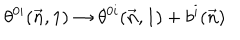
\theta ^ { 0 i } ( \vec { n } , 1 ) \to \theta ^ { 0 i } ( \vec { n } , 1 ) + b ^ { i } ( \vec { n } )